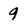
Character: 9